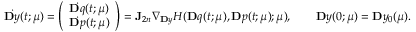
\dot { \ensuremath Ḋ \mathbf Ḋ y Ḍ Ḍ } ( t ; \ensuremath { \boldsymbol Ḋ \mu Ḍ } ) = \left( \begin{array} { l } { \dot { \ensuremath Ḋ \mathbf Ḋ q Ḍ Ḍ } ( t ; \ensuremath { \boldsymbol Ḋ \mu Ḍ } ) } \\ { \dot { \ensuremath Ḋ \mathbf Ḋ p Ḍ Ḍ } ( t ; \ensuremath { \boldsymbol Ḋ \mu Ḍ } ) } \end{array} \right) = \mathbf J _ { 2 n } \nabla _ { \ensuremath Ḋ \mathbf Ḋ y Ḍ Ḍ } H ( \ensuremath { \mathbf Ḋ q Ḍ } ( t ; \ensuremath { \boldsymbol Ḋ \mu Ḍ } ) , \ensuremath { \mathbf Ḋ p Ḍ } ( t ; \ensuremath { \boldsymbol Ḋ \mu Ḍ } ) ; \ensuremath { \boldsymbol Ḋ \mu Ḍ } ) , \qquad \ensuremath { \mathbf Ḋ y Ḍ } ( 0 ; \ensuremath { \boldsymbol Ḋ \mu Ḍ } ) = \ensuremath { \mathbf Ḋ y Ḍ } _ { 0 } ( \ensuremath { \boldsymbol Ḋ \mu Ḍ } ) .